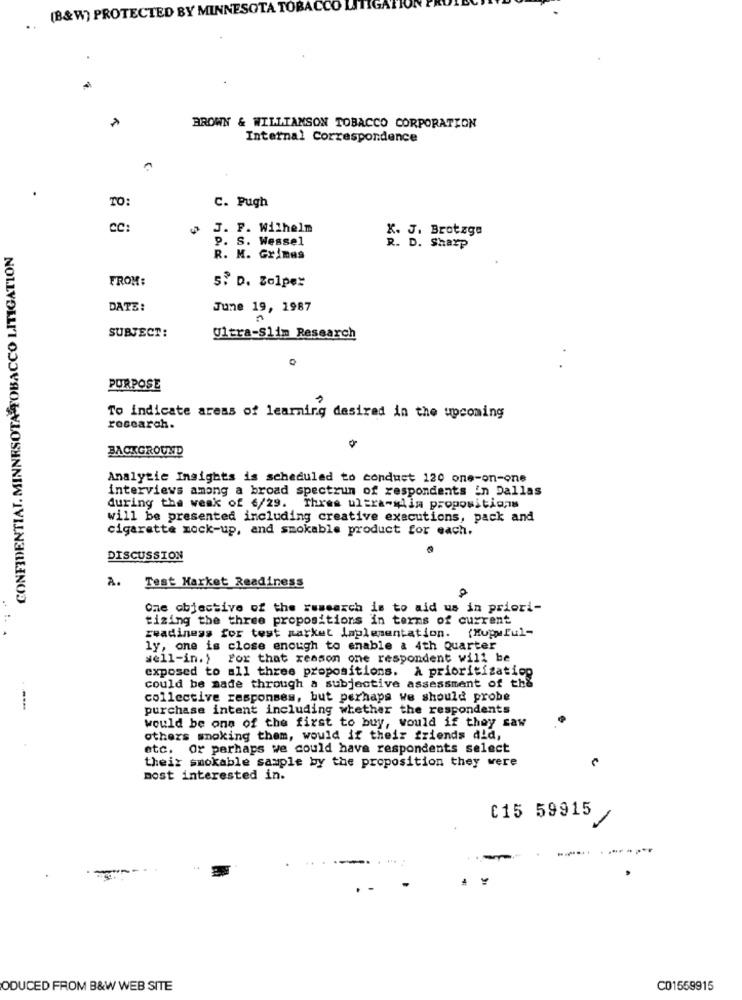
(B&W) PROTECTED BY MINNESOTA TOBAC
IGA
..
BROWN & WILLIAMSON TOBACCO CORPORATION
Internal Correspondence
TO:
C. Pugh
CC:
J. F. Wilhelm
p. S. Wessel
K. J. Brotzge
CONFIDENTIAL. MINNESOTA TOBACCO LITIGATION
R. M. Grimas
FROM:
5. D. Zolper
DATE:
June 19, 1987
SUBJECT:
Ultra-Slim Research
.
PURPOSE
To Indicate areas of learning desired in the upcoming
research.
BACKGROUND
Analytic Insights is scheduled to conduct 120 one-on-one
interviews among a broad spectrum of respondents in Dallas
during the weak of 6/29. Thres ultra-slim propositions
will be presented including creative executions, pack and
cigarette mock-up, and smokable product for each.
DISCUSSION
A.
Test Market Readiness
One objective of the research is to aid us in priori-
tizing the three propositions in terms of current
readiness for test market implementation. (Mupuful-
ly, one is close enough to enable a 4th Quarter
well-in.) For that reason one respondent will be
exposed to all three propositions. A prioritization
could be made through a subjective assessment of the
collective responses, but perhaps we should probe
purchase intent including whether the respondents
would be one of the first to buy, would if they saw
others smoking them, would if their friends did,
etc. Or perhaps we could have respondents select
their smokable sample by the proposition they were
most interested in.
C15 59915
-
ODUCED FROM B&W WEB SITE
C01559915